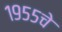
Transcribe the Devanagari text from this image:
१९५५चे